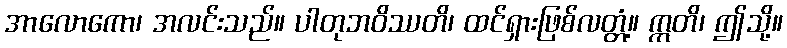
အာလောကော၊ အလင်းသည်။ ပါတုဘဝိဿတိ၊ ထင်ရှားဖြစ်လတ္တံ့။ ဣတိ၊ ဤသို့။